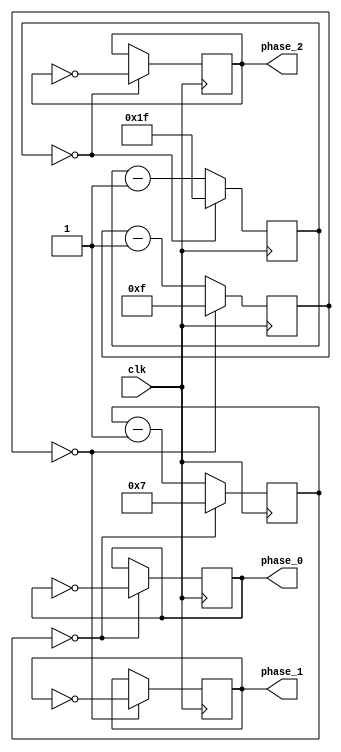
module multi_phase_clock_divider (
    input wire clk,
    output reg phase_0,
    output reg phase_1,
    output reg phase_2
);

reg [7:0] counter_phase_0;
reg [7:0] counter_phase_1;
reg [7:0] counter_phase_2;

always @ (posedge clk) begin
    if (counter_phase_0 == 7'd0) begin
        counter_phase_0 <= 7'd7;
        phase_0 <= ~phase_0;
    end else begin
        counter_phase_0 <= counter_phase_0 - 1;
    end
end

always @ (posedge clk) begin
    if (counter_phase_1 == 7'd0) begin
        counter_phase_1 <= 7'd15;
        phase_1 <= ~phase_1;
    end else begin
        counter_phase_1 <= counter_phase_1 - 1;
    end
end

always @ (posedge clk) begin
    if (counter_phase_2 == 7'd0) begin
        counter_phase_2 <= 7'd31;
        phase_2 <= ~phase_2;
    end else begin
        counter_phase_2 <= counter_phase_2 - 1;
    end
end

endmodule